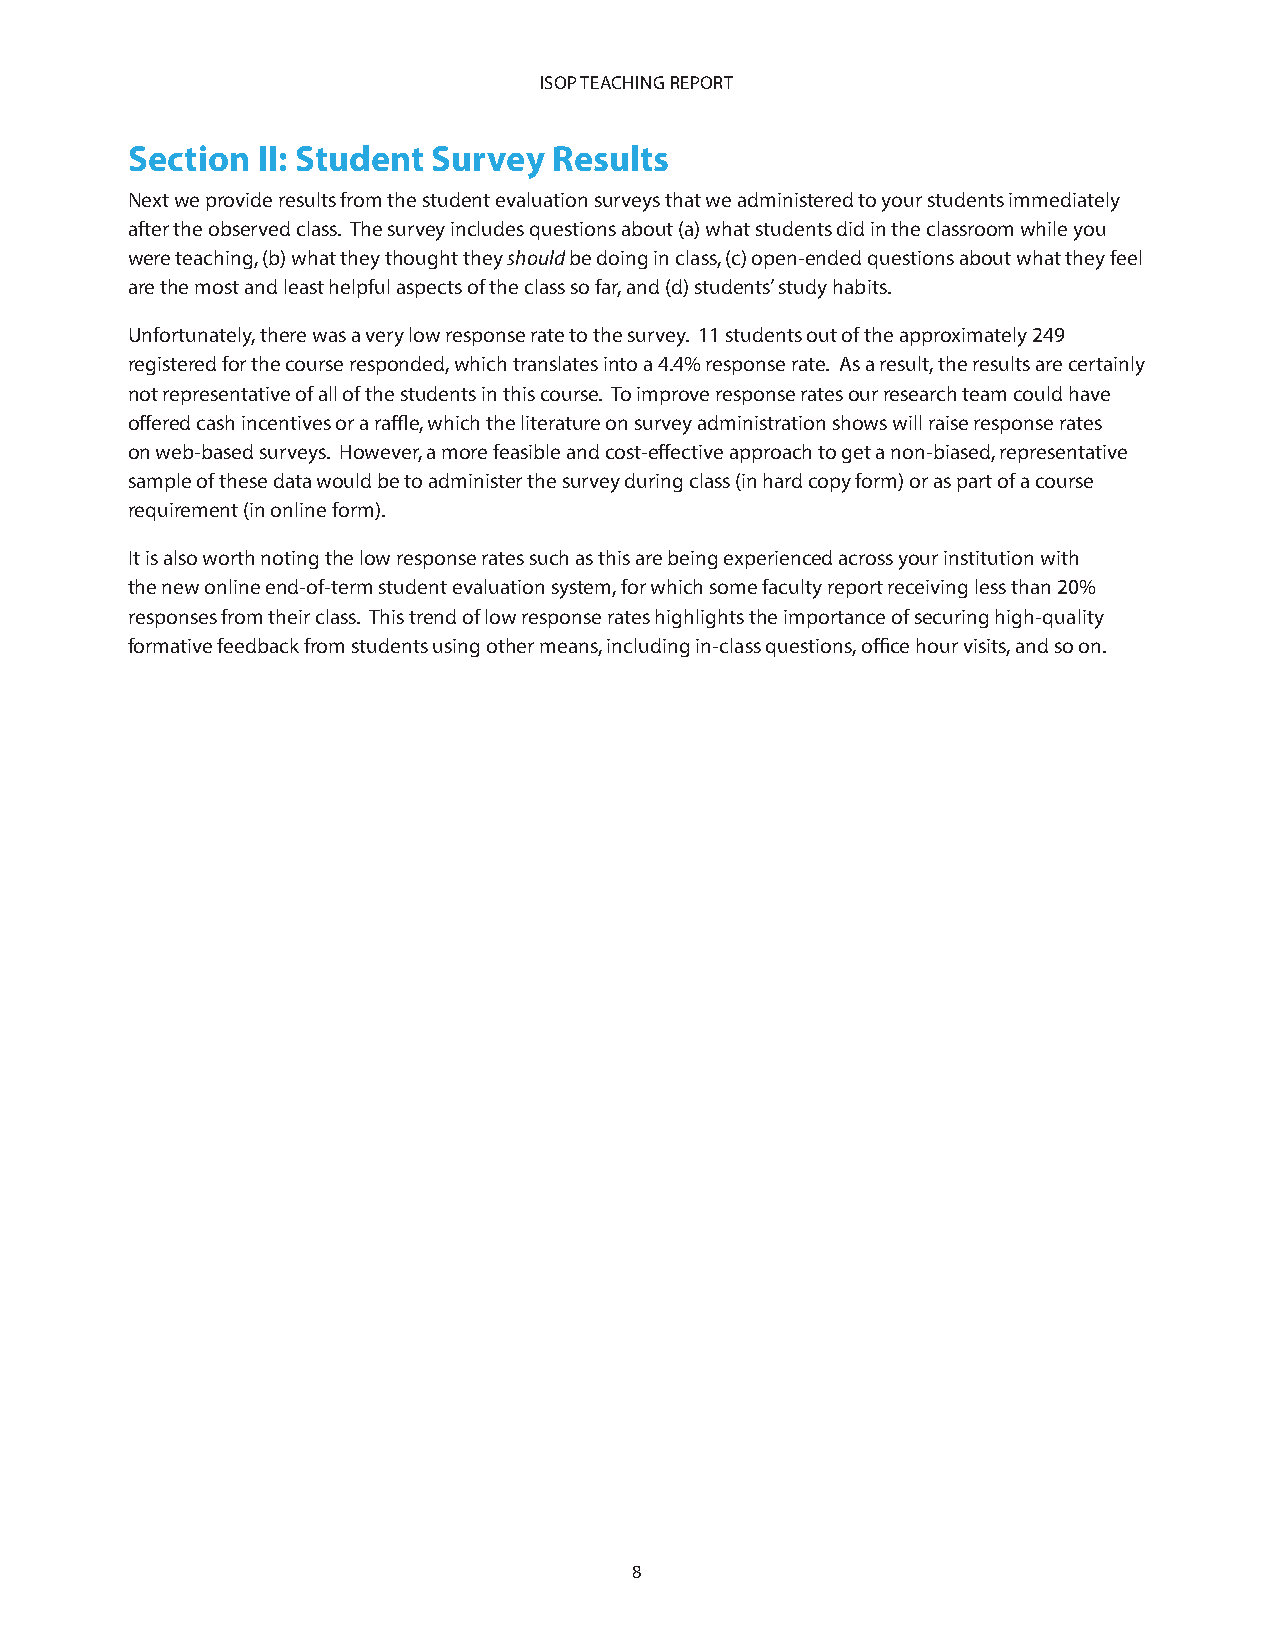
ISOP TEACHING REPORT
 Section  II: Student Survey  Results
 Next we provide results from the student evaluation surveys that we administered to your students immediately
 after the observed class. The survey includes questions about (a) what students did in the classroom while you
 were teaching, (b) what they thought they should be doing in class, (c) open-ended questions about what they feel
 are the most and least helpful aspects of the class so far, and (d) students’ study habits.
 Unfortunately, there was a very low response rate to the survey. 11 students out of the approximately 249
 registered for the course responded, which translates into a 4.4% response rate. As a result, the results are certainly
 not representative of all of the students in this course. To improve response rates our research team could have
 offered cash incentives or a raffle, which the literature on survey administration shows will raise response rates
 on web-based surveys. However, a more feasible and cost-effective approach to get a non-biased, representative
 sample of these data would be to administer the survey during class (in hard copy form) or as part of a course
 requirement (in online form).
 It is also worth noting the low response rates such as this are being experienced across your institution with
 the new online end-of-term student evaluation system, for which some faculty report receiving less than 20%
 responses from their class. This trend of low response rates highlights the importance of securing high-quality
 formative feedback from students using other means, including in-class questions, office hour visits, and so on.
 8